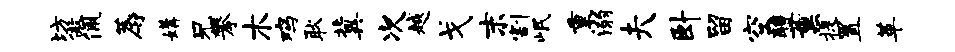
坊傲佩蓐媾兄攀木鸡耿冀次越戈末割岷重溺夫卧留空醴薰提置革